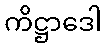
ကိဋ္ဌာဒေါ